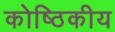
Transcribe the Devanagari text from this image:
कोष्ठिकीय